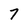
Character: 7